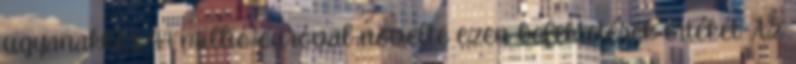
ugyanakkor 94 millió euróval növelte ezen befektetések értékét. Az